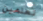
تعلمين